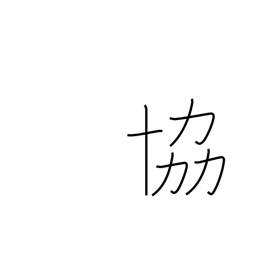
Meaning: co-